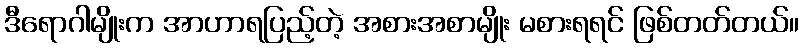
ဒီရောဂါမျိုးက အာဟာရပြည့်တဲ့ အစားအစာမျိုး မစားရရင် ဖြစ်တတ်တယ်။